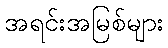
အရင်းအမြစ်များ